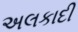
અલકાદી